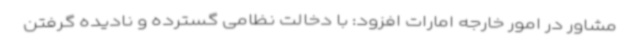
مشاور در امور خارجه امارات افزود: با دخالت نظامی گسترده و نادیده گرفتن